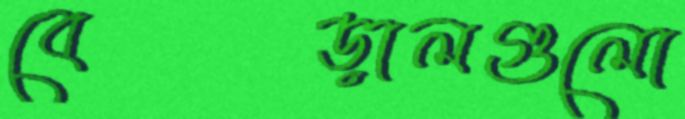
বেড়ালগুলো